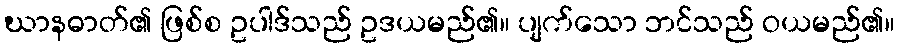
ဃာနဓာတ်၏ ဖြစ်စ ဥပါဒ်သည် ဥဒယမည်၏။ ပျက်သော ဘင်သည် ဝယမည်၏။